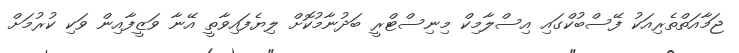
ޖަމާއަތްތެރިއަކު ފޭސްބުކްގައި އިސްލާމިކް މިނިސްޓްރީ ބަދުނާމުކޮށް ލިޔެފައިވާތީ އޭނާ ވަޒީފާއިން ވަކި ކުރުމަށް